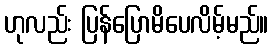
ဟုလည်း ပြန်ပြောမိပေလိမ့်မည်။